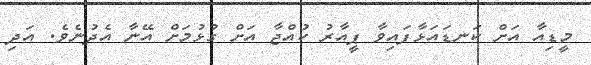
މީޑިއާ އަށް ކަނޑައަޅާފައިވާ ޕީއާރު ކުއްޖާ އަށް ގުޅުމަށް އޭނާ އެދުނެވެ. އަދި